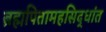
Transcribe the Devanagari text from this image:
ब्रह्मपितामहसिद्धांत